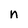
Character: n